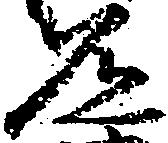
道